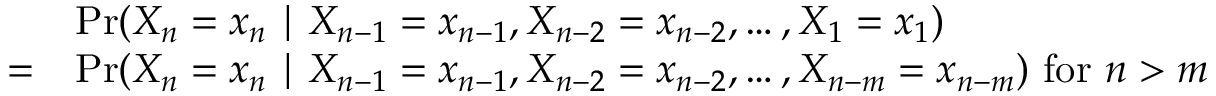
{ \begin{array} { r l } { } & { \operatorname* { P r } ( X _ { n } = x _ { n } \mid X _ { n - 1 } = x _ { n - 1 } , X _ { n - 2 } = x _ { n - 2 } , \dots , X _ { 1 } = x _ { 1 } ) } \\ { = } & { \operatorname* { P r } ( X _ { n } = x _ { n } \mid X _ { n - 1 } = x _ { n - 1 } , X _ { n - 2 } = x _ { n - 2 } , \dots , X _ { n - m } = x _ { n - m } ) { \mathrm { ~ f o r ~ } } n > m } \end{array} }